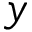
y